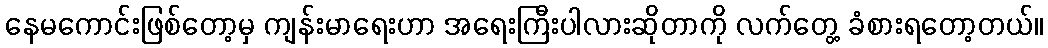
နေမကောင်းဖြစ်တော့မှ ကျန်းမာရေးဟာ အရေးကြီးပါလားဆိုတာကို လက်တွေ့ ခံစားရတော့တယ်။